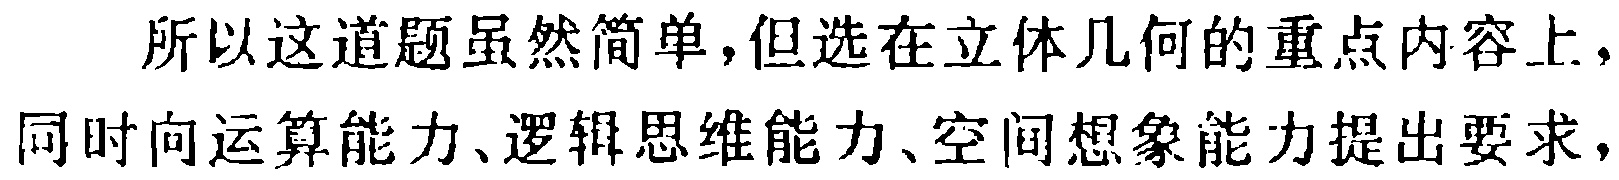
所以这道题虽然简单,但选在立体几何的重点内容上,同时向运算能力、逻辑思维能力、空间想象能力提出要求,